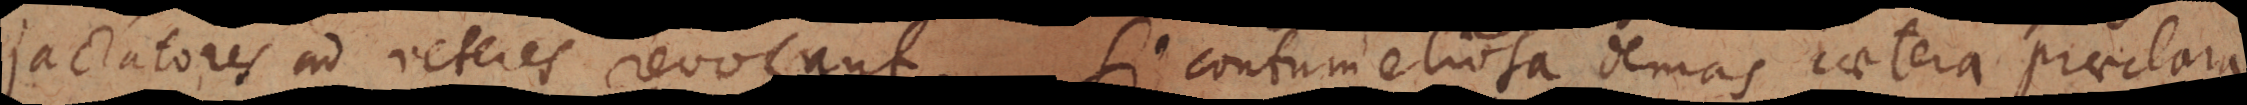
jactatores ad veteres revocant. Si contumeliosa demas caetera praeclara